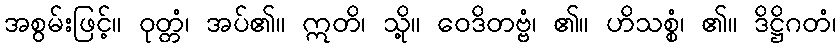
အစွမ်းဖြင့်။ ဝုတ္တံ၊ အပ်၏။ ဣတိ၊ သို့။ ဝေဒိတဗ္ဗံ၊ ၏။ ဟိသစ္စံ၊ ၏။ ဒိဋ္ဌိဂတံ၊